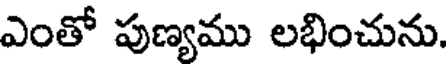
ఎంతో పుణ్యము లభించును.